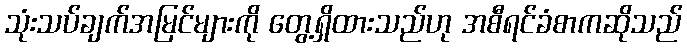
သုံးသပ်ချက်အမြင်များကို တွေ့ရှိထားသည်ဟု အစီရင်ခံစာကဆိုသည်